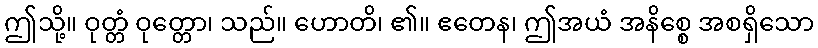
ဤသို့။ ဝုတ္တံ ဝုတ္တော၊ သည်။ ဟောတိ၊ ၏။ ဧတေန၊ ဤအယံ အနိစ္စေ အစရှိသော